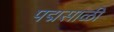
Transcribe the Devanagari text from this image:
पद्मसाळी